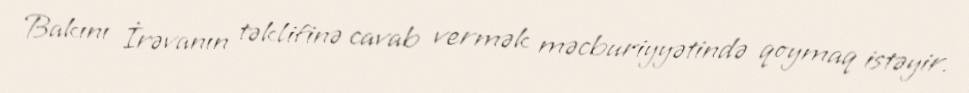
Bakını İrəvanın təklifinə cavab vermək məcburiyyətində qoymaq istəyir.